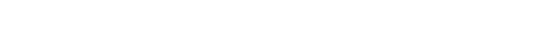
သမ္ဗောဓသုခဿ၊ သစ္စာလေးပါးတရားကို သိတတ်သော မဂ်ကိုရခြင်းငှာဖြစ်သော ချမ်းသာကိုလည်းကောင်း။